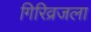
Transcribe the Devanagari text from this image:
गिरिव्रजला